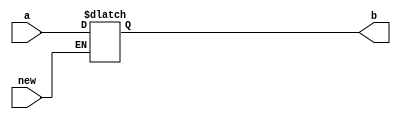
module latch_a( 
input [31:0] a,
input new,
output [31:0] b

);

always @(*) begin
	if(new) begin
		b<=a;
	end
	else begin
		b<=b;
	end
end  

endmodule